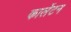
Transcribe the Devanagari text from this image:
कार्लेटन